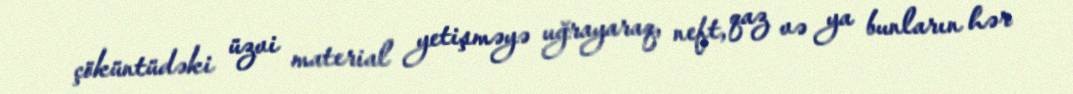
çöküntüdəki üzvi material yetişməyə uğrayaraq, neft, qaz və ya bunların hər